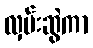
လှမ်းဆွဲကာ